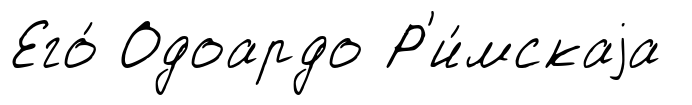
Его́ Одоардо Р'и́мскаjа